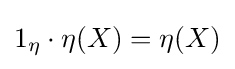
{\textstyle 1_{\eta }\cdot \eta (X)=\eta (X)}